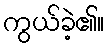
ကွယ်ခဲ့၏။